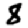
Digit: 8